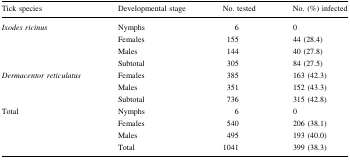
| Tick species | Developmental stage | No. tested | No. (%) infected |
 | --- | --- | --- | --- |
 | <ROWSPAN=4> Ixodes ricinus | Nymphs | 6 | 0 |
 | Females | 155 | 44 (28.4) |
 | Males | 144 | 40 (27.8) |
 | Subtotal | 305 | 84 (27.5) |
 | <ROWSPAN=3> Dermacentor reticulatus | Females | 385 | 163 (42.3) |
 | Males | 351 | 152 (43.3) |
 | Subtotal | 736 | 315 (42.8) |
 | <ROWSPAN=4> Total | Nymphs | 6 | 0 |
 | Females | 540 | 206 (38.1) |
 | Males | 495 | 193 (40.0) |
 | Total | 1041 | 399 (38.3) |